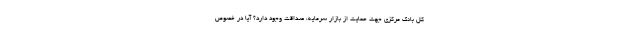
کل بانک مرکزی جهت حمایت از بازار سرمایه، صداقت وجود دارد؟ آیا در خصوص